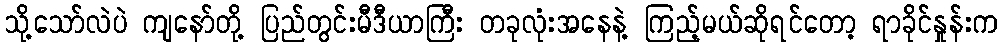
သို့သော်လဲပဲ ကျနော်တို့ ပြည်တွင်းမီဒီယာကြီး တခုလုံးအနေနဲ့ ကြည့်မယ်ဆိုရင်တော့ ရာခိုင်နှုန်းက